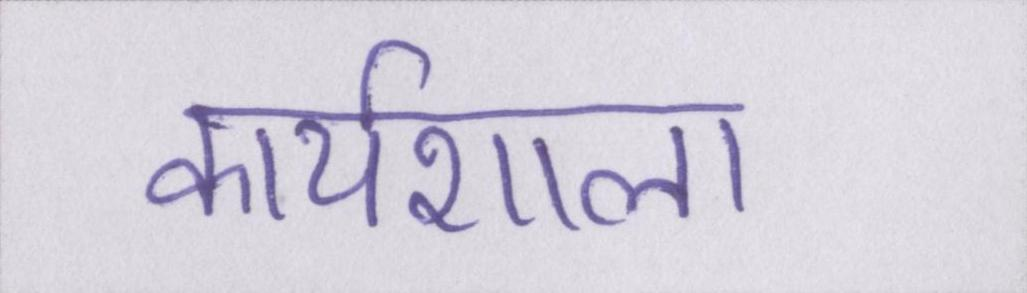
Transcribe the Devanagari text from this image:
कार्यशाला